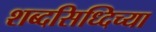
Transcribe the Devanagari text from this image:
शब्दसिध्दिच्या